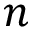
n